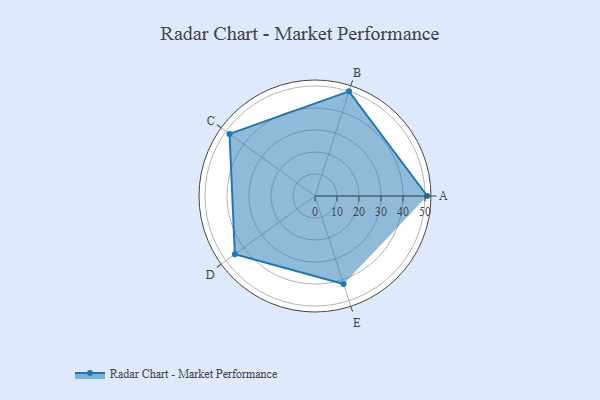
{"axis": {"x": "Skill", "y": "Score"}, "legend": ["Profile"], "data": [{"x": "A", "y": 51.0, "type": "Profile"}, {"x": "B", "y": 50.0, "type": "Profile"}, {"x": "C", "y": 48.0, "type": "Profile"}, {"x": "D", "y": 45.0, "type": "Profile"}, {"x": "E", "y": 42.0, "type": "Profile"}]}